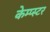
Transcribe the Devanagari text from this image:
केम्प्स्टर